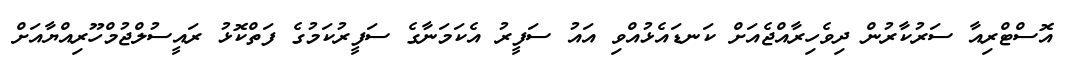
އޮސްޓްރިއާ ސަރުކާރުން ދިވެހިރާއްޖެއަށް ކަނޑައެޅުއްވި އައު ސަފީރު އެކަމަނާގެ ސަފީރުކަމުގެ ފަތްކޮޅު ރައީސުލްޖުމްހޫރިއްޔާއަށް